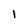
Character: I